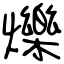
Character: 爍